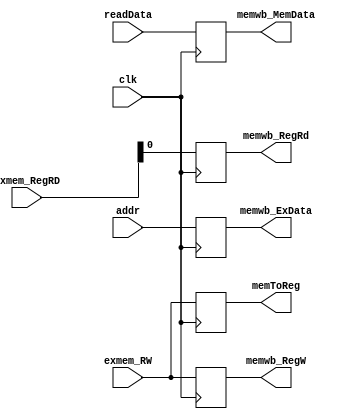
`timescale 1ns / 1ps
//////////////////////////////////////////////////////////////////////////////////
// Company: EECS 581 Team 11
// 
// Design Name: 
// Module Name: latch_memwb
// Project Name: 
// Target Devices: 
// Tool Versions: 
// Description: 
// 
// Dependencies: 
// 
// Revision:
// Revision 0.01 - File Created
// Additional Comments:
// 
//////////////////////////////////////////////////////////////////////////////////


module latch_memwb(
    input clk,
    input[1:0] exmem_RW,
    input[31:0] readData,
    input[31:0] addr,
    input[4:0] exmem_RegRD,
    output[1:0] memwb_RegW,
    output[1:0] memToReg,
    output[31:0] memwb_MemData,
    output[31:0] memwb_ExData,
    output memwb_RegRd
    );
    reg [1:0] temp_RegW;
    reg [1:0] temp_toReg;
    reg [31:0] temp_RD;
    reg [31:0] temp_addr;
    reg [4:0] temp_RegRD;
    assign memwb_RegW = temp_RegW;
    assign memToReg = temp_toReg;
    assign memwb_ExData = temp_addr;
    assign memwb_MemData = temp_RD;
    assign memwb_RegRd = temp_RegRD;
    always @(negedge clk) begin
        temp_addr = addr;
        temp_RD = readData;
        temp_RegRD = exmem_RegRD;
        temp_RegW = exmem_RW;
        temp_toReg = exmem_RW;
    end
endmodule